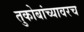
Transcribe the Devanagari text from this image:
तुकोबांच्यावरच